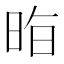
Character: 𭥷